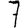
Digit: 7